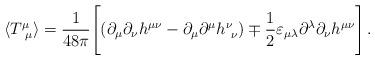
\begin{align*}\langle T^{\mu}_{\ \mu} \rangle = \frac{1}{48\pi}\Biggl[ \left(\partial_{\mu}\partial_{\nu}h^{\mu\nu}-\partial_{\mu}\partial^{\mu}h^{\nu}_{\ \nu}\right) \mp\frac{1}{2}\varepsilon_{\mu\lambda}\partial^{\lambda}\partial_{\nu}h^{\mu\nu}\Biggr] \, .\end{align*}